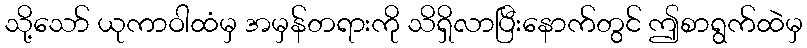
သို့သော် ယုကာဝါထံမှ အမှန်တရားကို သိရှိလာပြီးနောက်တွင် ဤစာရွက်ထဲမှ